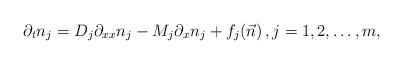
LaTeX: \begin{align*}\partial_t n_j = D_j \partial_{xx} n_j - M_j \partial_x n_j + f_j (\vec{n})\, , j = 1, 2, \dots, m, \end{align*}